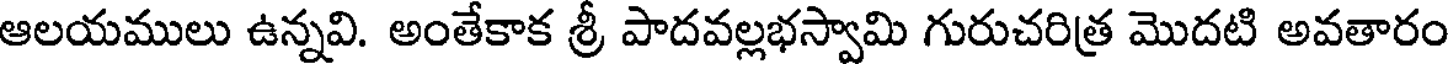
ఆలయములు ఉన్నవి. అంతేకాక శ్రీ పాదవల్లభస్వామి గురుచరిత్ర మొదటి అవతారం